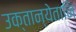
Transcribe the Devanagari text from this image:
उक्तान्येतानि